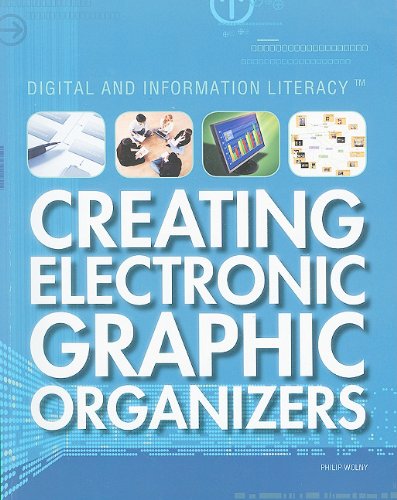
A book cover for Creating Electronic Graphic Organizers (Digital and Information Literacy); Philip Wolny; Children's Books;